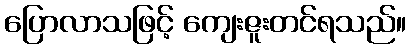
ပြောလာသဖြင့် ကျေးဇူးတင်ရသည်။